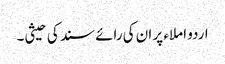
اردو املاء پر ان کی رائے سند کی حیثی۔